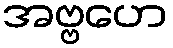
အဗ္ဗဟေ